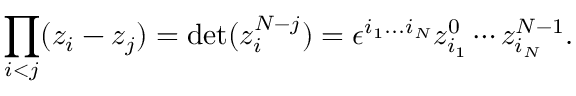
\prod _ { i < j } ( z _ { i } - z _ { j } ) = \mathrm { d e t } ( z _ { i } ^ { N - j } ) = \epsilon ^ { i _ { 1 } . . . i _ { N } } z _ { i _ { 1 } } ^ { 0 } \cdots z _ { i _ { N } } ^ { N - 1 } .